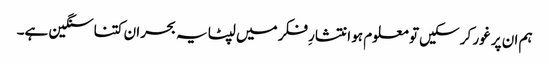
ہم ان پر غور کر سکیں تو معلوم ہو انتشارِ فکر میں لپٹا یہ بحران کتنا سنگین ہے۔